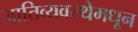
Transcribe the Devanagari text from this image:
जातिव्यवस्थेमधून